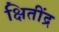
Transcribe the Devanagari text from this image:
क्षितींद्र